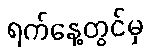
ရက်နေ့တွင်မှ